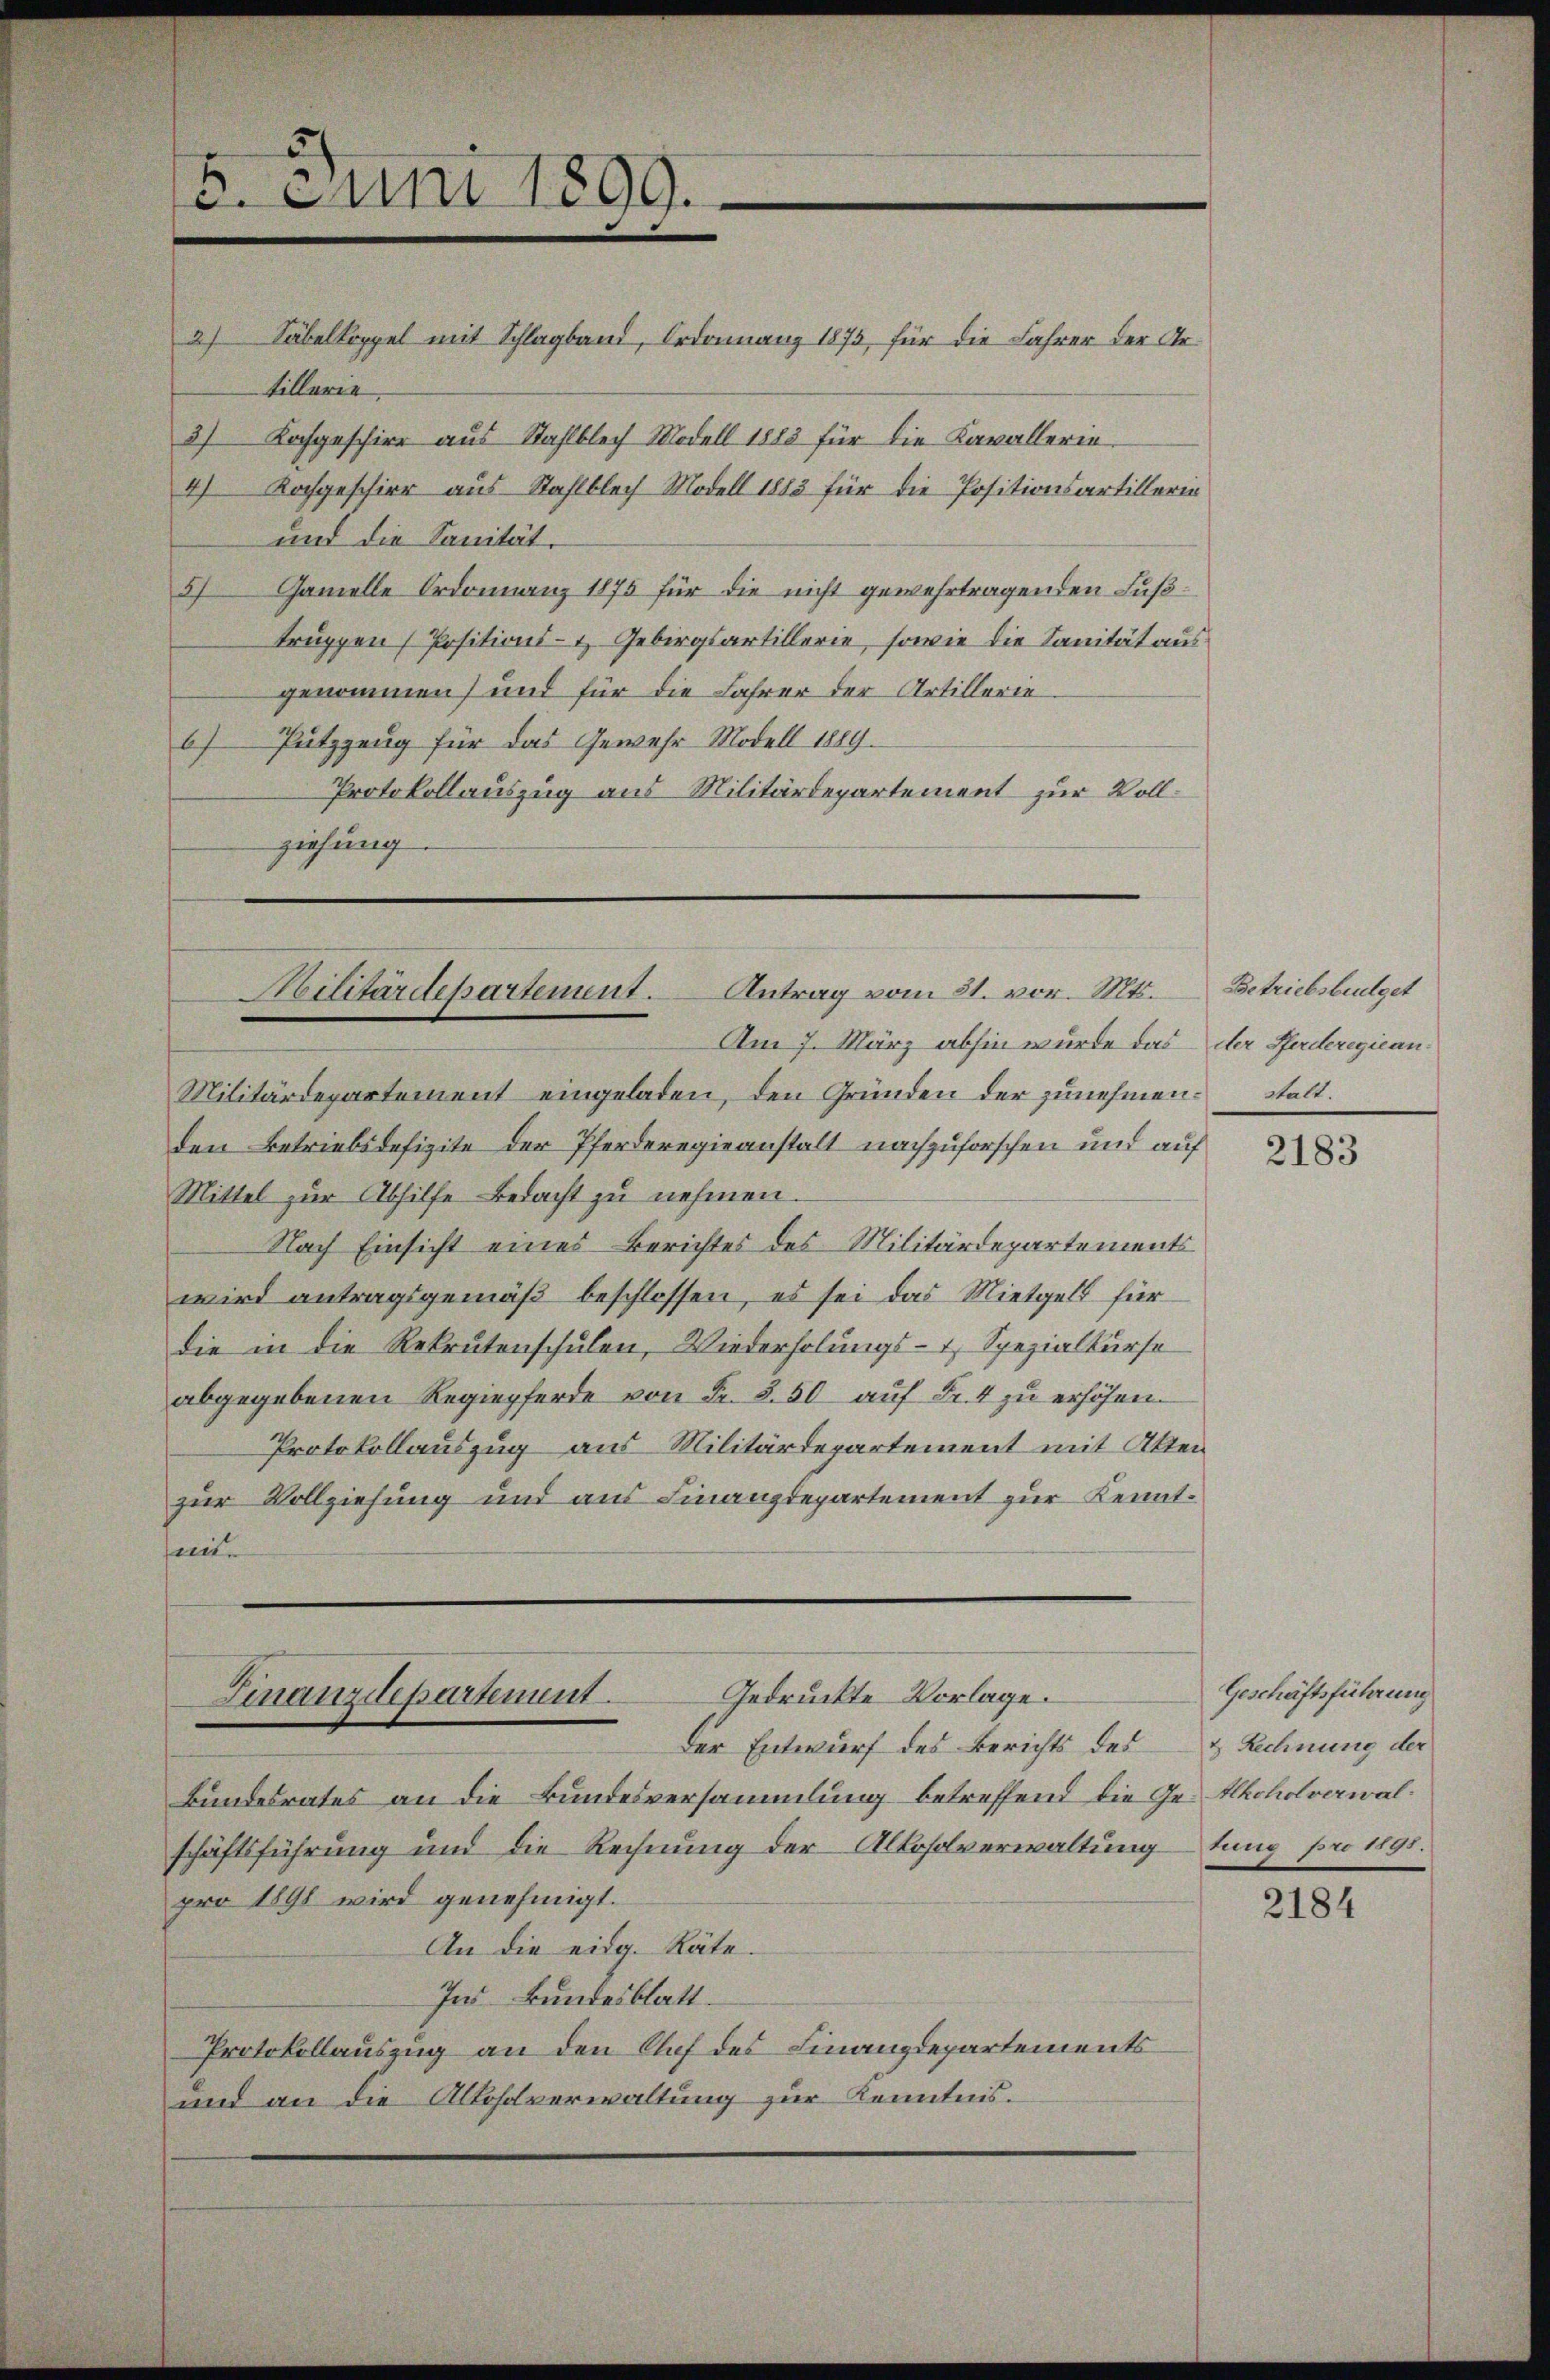
2) Säbelkoppel mit Schlagband, Ordonnanz 1873, für die Jahrer der Artillerie
3) Kochgeschirr aus Stahlblech Modell 1883 für die Kavallerie-
4) Kochgeschier aus Stahlblech Modell 1883 für die Positionsartillerin
und die Sanität.
3) Ganelle Ordonnanz 1875 für die nicht gewehrtragenden Fußtruppen / Positions- & Gebirgsartillerie, sowie die Sanität aus
genommen) und für die Jahrer der Artillerie
6) Putzzeug für das Gewehr Modell 1889.
Protokollauszug aus Militärdepartement zur Vollziehung

15. Juni 1899.

Bilitärdepartement. Antrag vom 31. vor. Mts.

Militärdepartement eingeladen, den Gründen der zunehmenden Betriebsdefizite der Pferderegieanstalt nachzuforschen und auf
Mittel zur Abhilfe bedacht zu nehmen.
Nach Einsicht eines Berichtes des Militärdepartements
wird antragsgemäß beschlossen, es sei das Mietgelt für
die in die Rekrutenschulen, Wiederholungs- & Spezialkurse
abgegebenen Regiepferde von Fr. 8.50 aŭf Fr. 4 zu erhöhen.
Protokollauszug aus Militärdepartement mit Akten
zur Vollziehung und aus Finanzdepartement zur Kenntent.

Gedruckte Vorlage.
Finanzdepartement.

Der Entwurf des Berichts des
Bundesrates an die Bundesversammlung betreffend die Ge- Alkoholverwalschäftsführung und die Rechnung der Albosolverwaltung
pro 1898 wird genehmigt.
An die eidg. Räte.
Ins Bundesblatt.
Protokollauszug an den Auf des Finanzdepartements
und an die Alkoholverwaltung zur Kenntnis.

Am 7. März abhin wurde das der Pferderegiean¬

Betriebsbüdget
stalt.

2183

Geschäftsführung
& Rechnung der
tung pro 1891.

2184